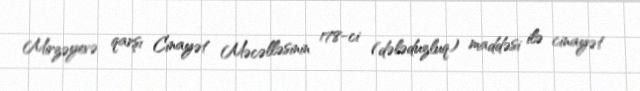
Mirzəyevə qarşı Cinayət Məcəlləsinin 178-ci (dələduzluq) maddəsi ilə cinayət